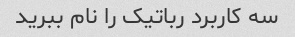
سه کاربرد رباتیک را نام ببرید